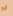
لو